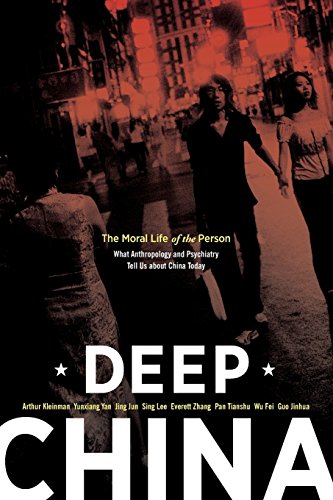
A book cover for Deep China: The Moral Life of the Person; Arthur Kleinman; Medical Books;